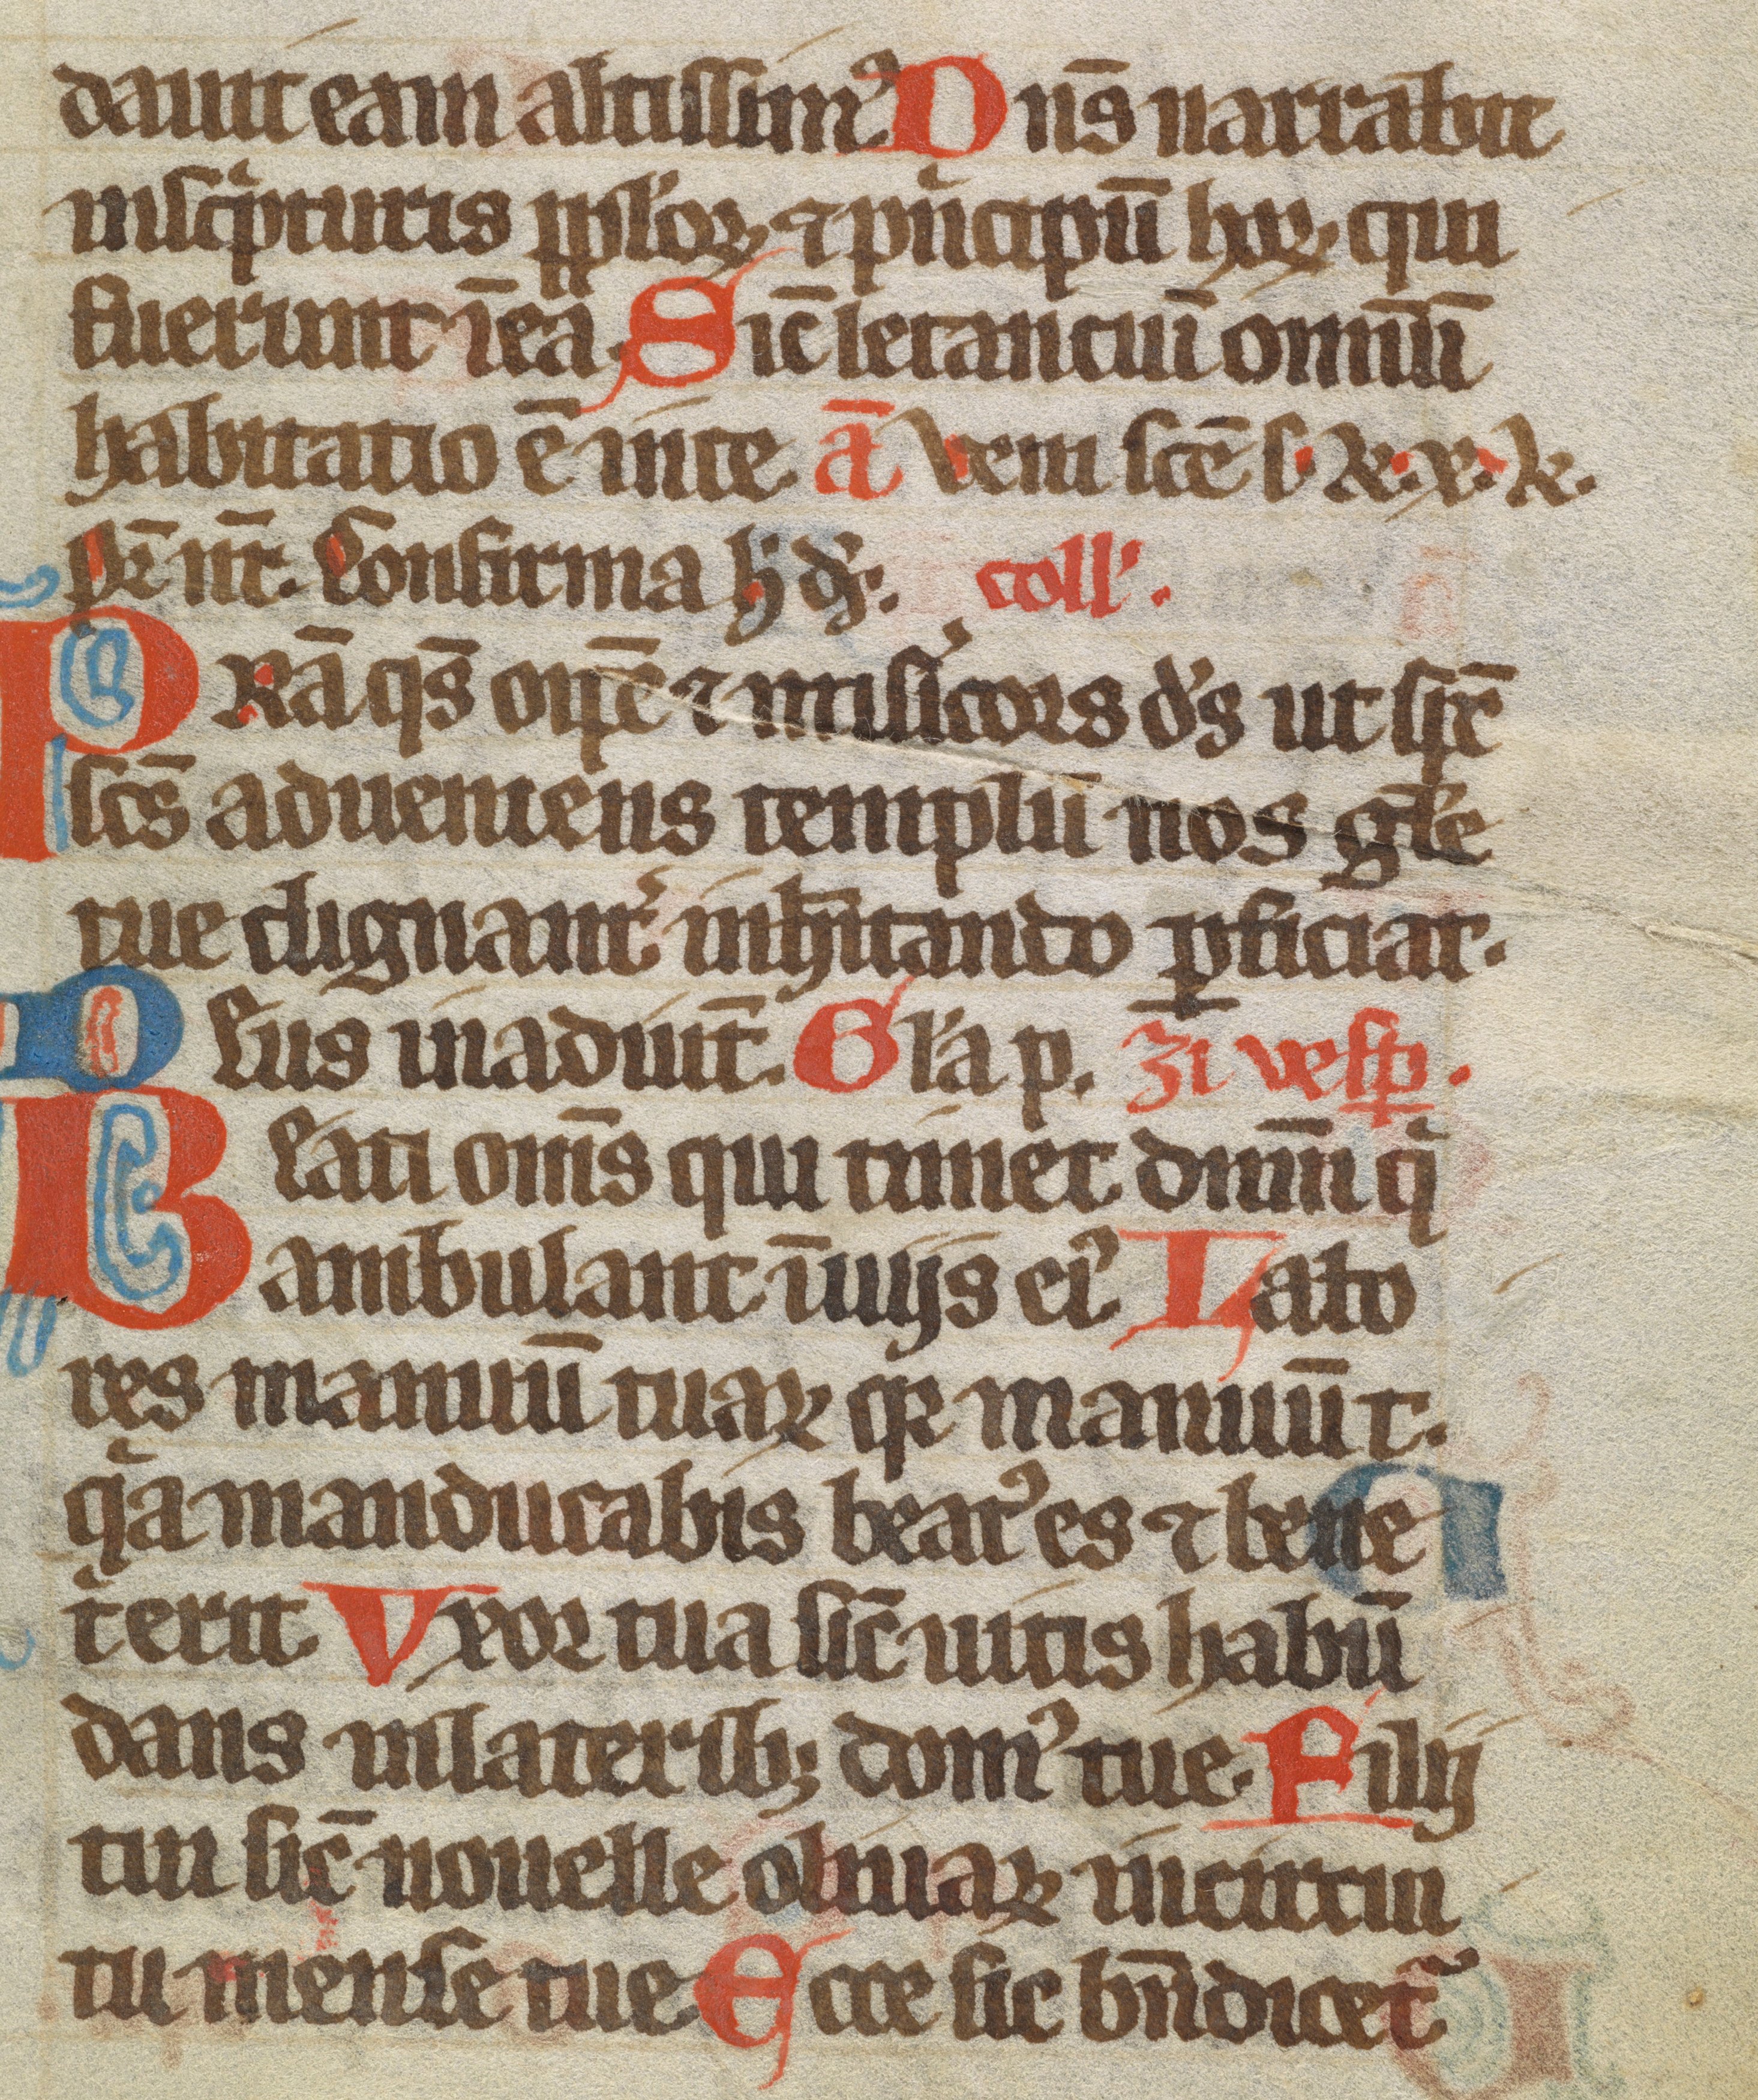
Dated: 1300–1399